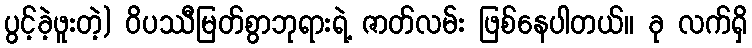
ပွင့်ခဲ့ဖူးတဲ့) ဝိပဿီမြတ်စွာဘုရားရဲ့ ဇာတ်လမ်း ဖြစ်နေပါတယ်။ ခု လက်ရှိ